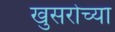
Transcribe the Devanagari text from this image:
खुसरोच्या